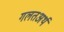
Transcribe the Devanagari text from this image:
गलतअर्थ